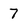
Character: 7